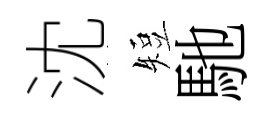
沈短馳